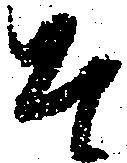
そ